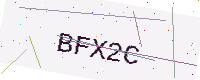
Text: BFX2C